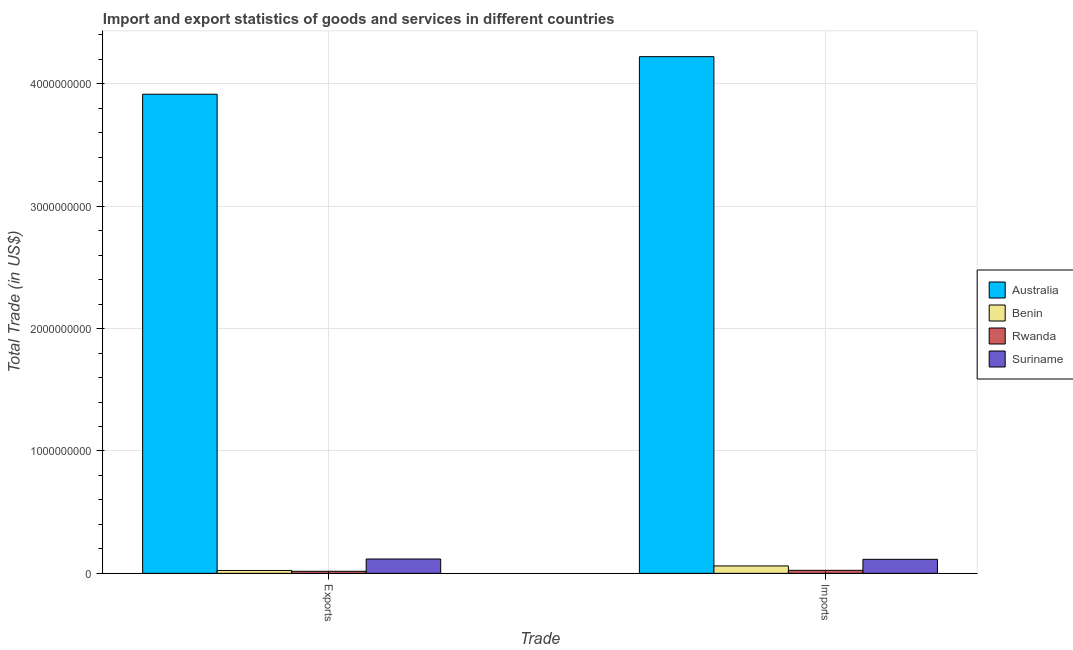
| Trade | Australia | Benin | Rwanda | Suriname |
 | --- | --- | --- | --- | --- |
 | Exports | 3.92e+09 | 2.35e+07 | 1.68e+07 | 1.17e+08 |
 | Imports | 4.22e+09 | 6.05e+07 | 2.46e+07 | 1.14e+08 |